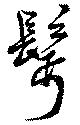
鬢